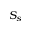
S _ { s }